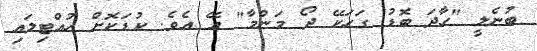
ބުނެލީ "ހާދަ ބޮޑު ގަހަކޭ ދޯ މަންމާ" އޭ އެވެ. ކުޑަކޮށް ހުއްޓިލައި